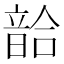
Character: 𩐥